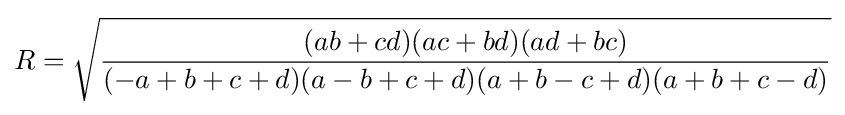
R={\sqrt {\frac {(ab+cd)(ac+bd)(ad+bc)}{(-a+b+c+d)(a-b+c+d)(a+b-c+d)(a+b+c-d)}}}